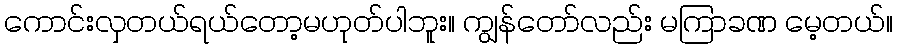
ကောင်းလှတယ်ရယ်တော့မဟုတ်ပါဘူး။ ကျွန်တော်လည်း မကြာခဏ မေ့တယ်။